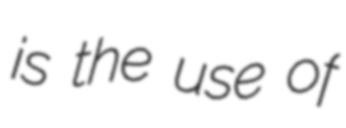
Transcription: is the use of